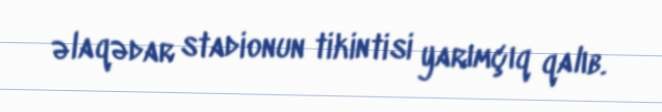
əlaqədar stadionun tikintisi yarımçıq qalıb.